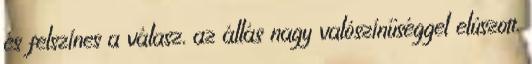
és felszínes a válasz, az állás nagy valószínűséggel elúszott.